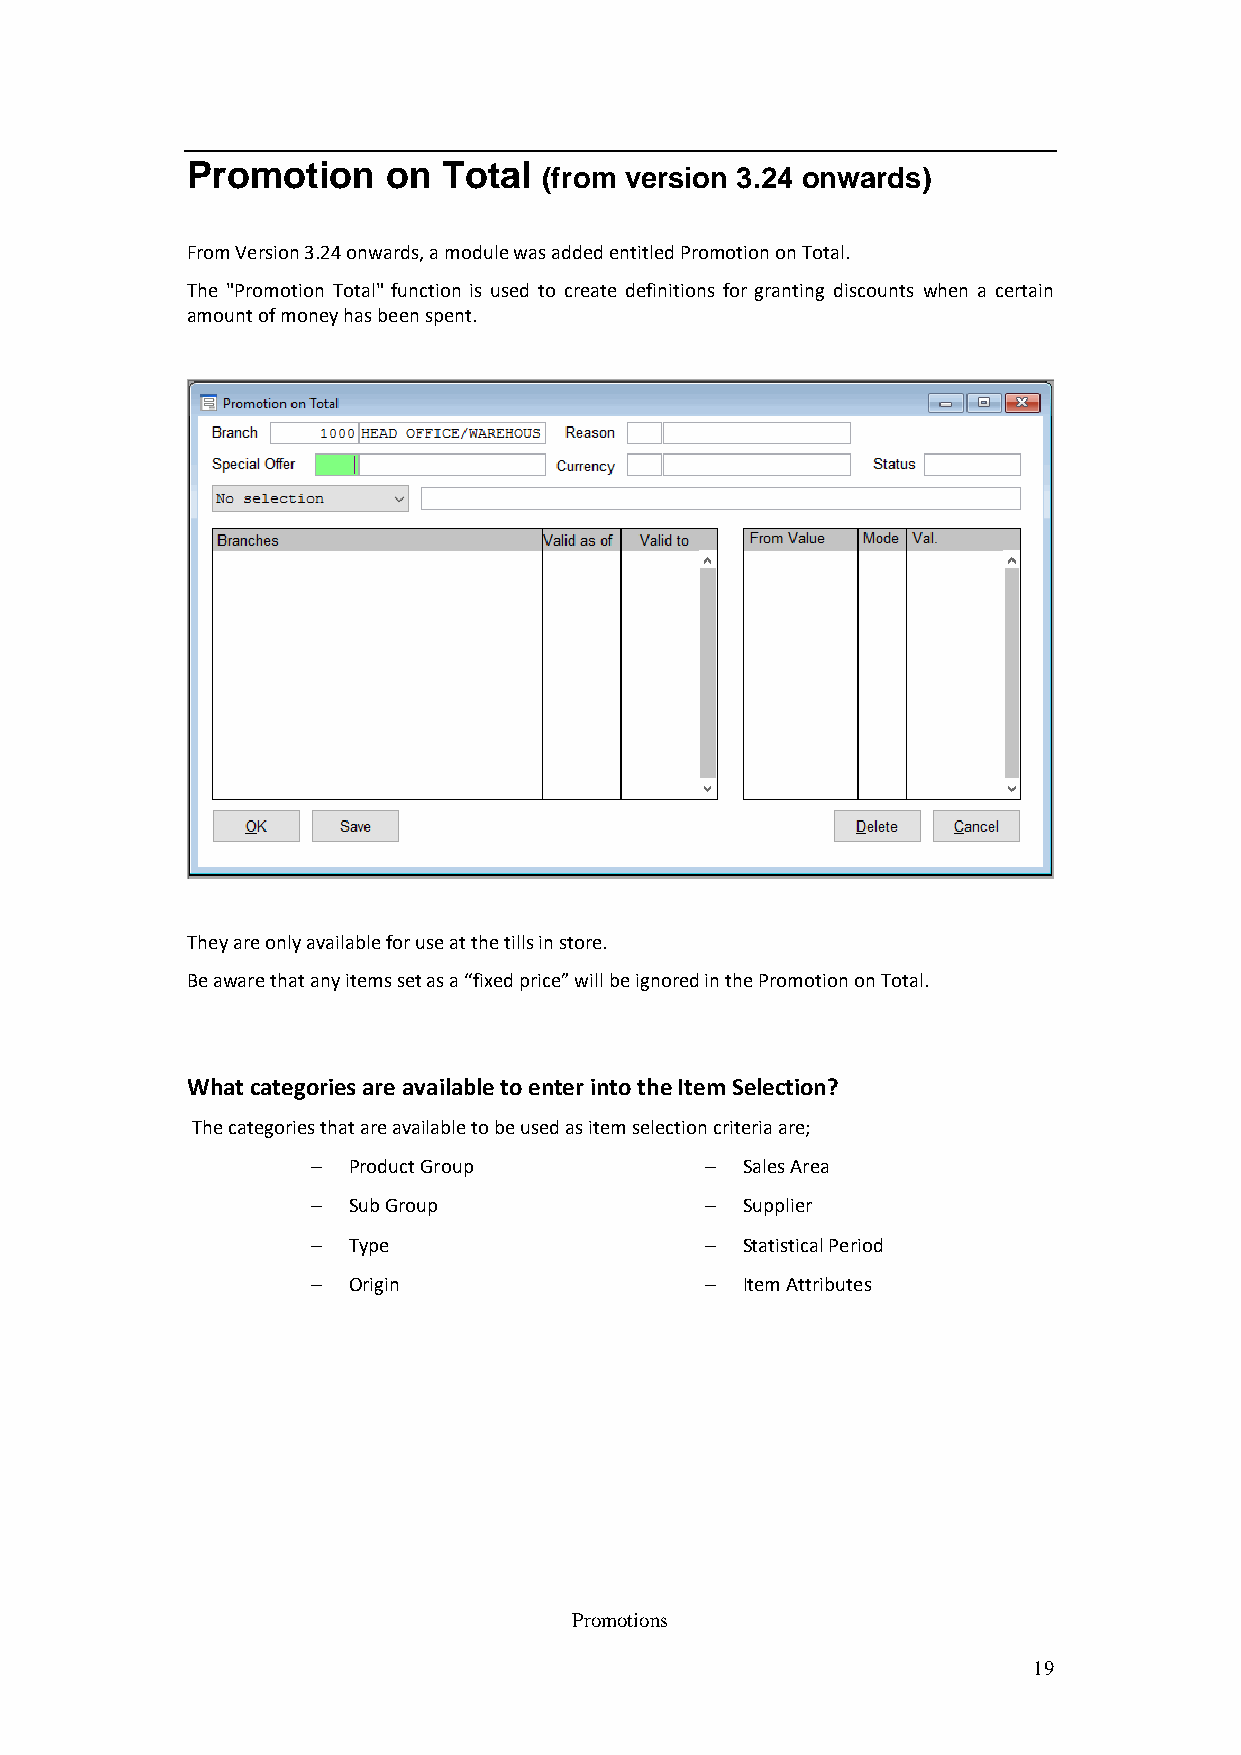
Promotion     on Total
 (from version 3.24 onwards)
 From Version 3.24 onwards, a module was added entitled Promotion on Total.
 The "Promotion Total" function is used to create definitions for granting discounts when a certain
 amount of money has been spent.
 They are only available for use at the tills in store.
 Be aware that any items set as a “fixed price” will be ignored in the Promotion on Total.
 What categories are available to enter into the Item Selection?
 The categories that are available to be used as item selection criteria are;
  Product Group            Sales Area
  Sub Group                Supplier
  Type                     Statistical Period
  Origin                   Item Attributes
 Promotions
 19